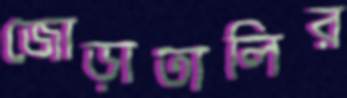
জোড়াতালির